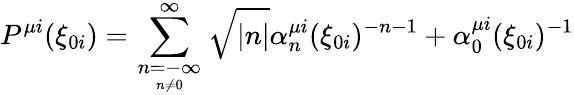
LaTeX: P^{\mu i}(\xi_{0i})=\sum_{\scriptstyle n=-\infty\atop n\neq 0}^{\infty}\sqrt{|n|}\alpha_{n}^{\mu i}(\xi_{0i})^{-n-1}+\alpha_{0}^{\mu i}(\xi_{0i})^{-1}